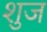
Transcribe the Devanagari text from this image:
शुज